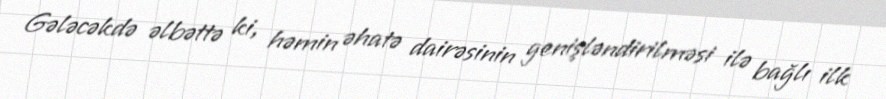
Gələcəkdə əlbəttə ki, həmin əhatə dairəsinin genişləndirilməsi ilə bağlı ilk